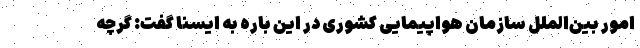
امور بین‌الملل سازمان هواپیمایی کشوری در این باره به ایسنا گفت: گرچه